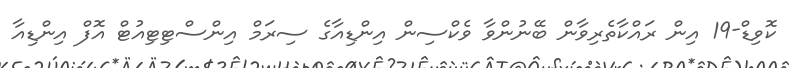
ކޮވިޑް-19 އިން ރައްކާތެރިވާން ބޭނުންވާ ވެކްސިން އިންޑިއާގެ ސިރަމް އިންސްޓިޓިއުޓް އޮފް އިންޑިއާ